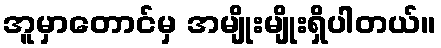
အူမှာတောင်မှ အမျိုးမျိုးရှိပါတယ်။